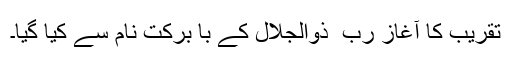
تقریب کا آغاز ربّ ِ ذوالجلال کے با برکت نام سے کیا گیا۔